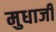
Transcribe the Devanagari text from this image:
मुधाजी